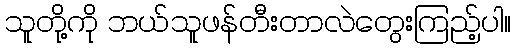
သူတို့ကို ဘယ်သူဖန်တီးတာလဲတွေးကြည့်ပါ။